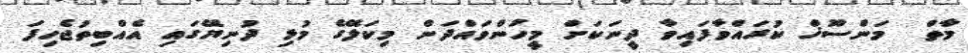
މާތް  މަންސޫޚް ކުރައްވާފައިވާ ދީނަކަށް މީހުންވައްދަން މިކަލޭގެ މުޅި ދުނިޔޭގައި އެއްބިތުޖެހިފަ